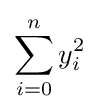
\sum _{i=0}^{n}y_{i}^{2}